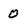
Character: 0